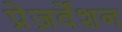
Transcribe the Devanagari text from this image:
प्रेज़र्वेशन